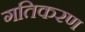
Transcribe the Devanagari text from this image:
गतिकरण